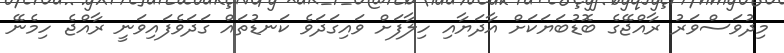
މިދުވަސްވަރު ރާއްޖޭގެ ބޮޑުބަޔަކަށް އާދަޔާއި ހިލާފަށް ވައިގަދަވެ ކަނޑުތައް ގަދަވެފައިވަނީ ރާއްޖެ ހިމެނޭ